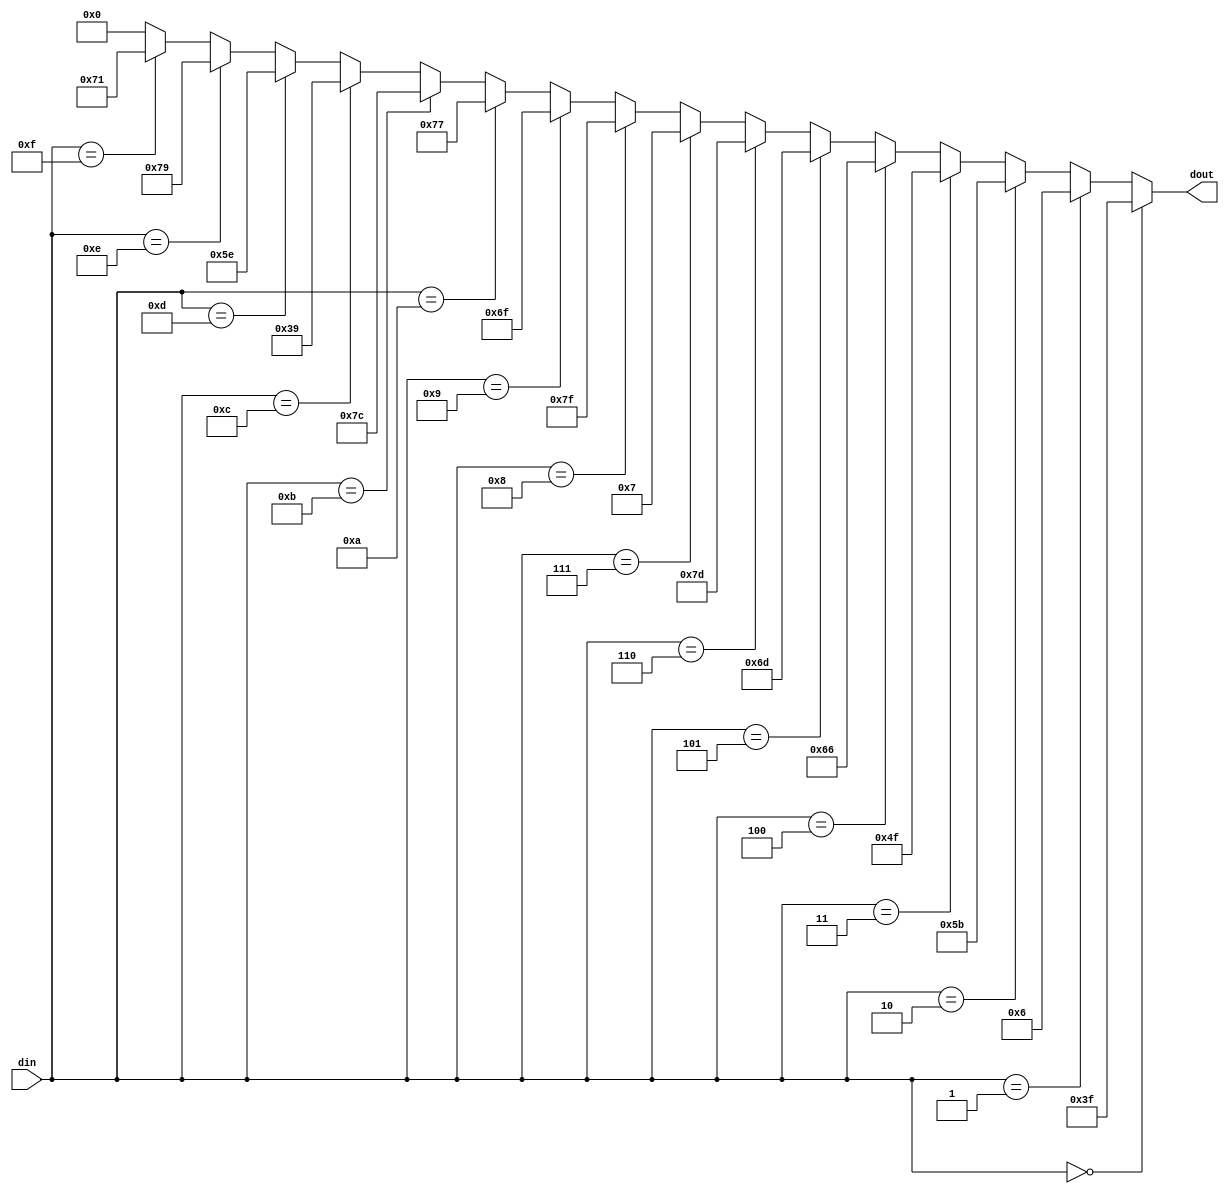
module BCD7(din,dout
);
input 	[3:0]	din;
output 	[6:0] 	dout;
reg [6:0] dout;
always @(*)
 begin
if(din==4'h0)      	dout=7'b0111111;
else if(din==4'h1)  dout=7'b0000110;
else if(din==4'h2)  dout=7'b1011011;
else if(din==4'h3)  dout=7'b1001111;
else if(din==4'h4)  dout=7'b1100110;
else if(din==4'h5)  dout=7'b1101101;
else if(din==4'h6)  dout=7'b1111101;
else if(din==4'h7)  dout=7'b0000111;
else if(din==4'h8)  dout=7'b1111111;
else if(din==4'h9)  dout=7'b1101111;
else if(din==4'ha)  dout=7'b1110111;
else if(din==4'hb)  dout=7'b1111100;
else if(din==4'hc)  dout=7'b0111001;
else if(din==4'hd)  dout=7'b1011110;
else if(din==4'he)  dout=7'b1111001;
else if(din==4'hf)  dout=7'b1110001;
else dout=7'b0;
end
endmodule